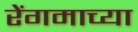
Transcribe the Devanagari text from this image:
रेंगमाच्या